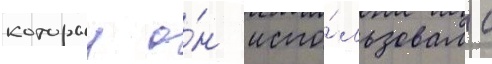
которыи о́н испо́льзовал с